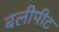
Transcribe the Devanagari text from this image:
बलीपीट